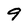
Character: 9